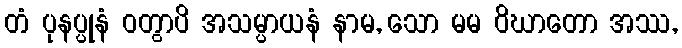
တံ ပုနပ္ပုနံ ဝတွာပိ အသမ္ပာယနံ နာမ, သော မမ ဝိဃာတော အဿ,